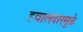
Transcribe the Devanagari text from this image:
हवालदारमुळे